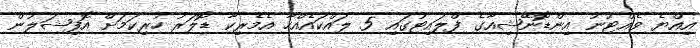
އިއްޔެ ވެއްޓުނު އިންޑޮނޭޝިއާގެ ފްލައިޓުގައި 5 ލައްކައެއްހާ އެމެރިކާ ޑޮލަރު ހުރިކަމަށް އޮފިޝަލުން